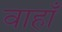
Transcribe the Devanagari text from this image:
वाहाँ